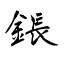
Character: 鋹